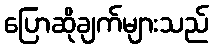
ပြောဆိုချက်များသည်